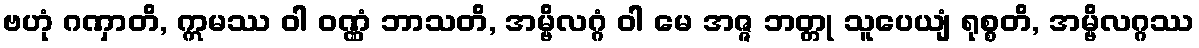
ဗဟုံ ဂဏှာတိ, ဣမဿ ဝါ ဝဏ္ဏံ ဘာသတိ, အမ္ဗိလဂ္ဂံ ဝါ မေ အဇ္ဇ ဘတ္တု သူပေယျံ ရုစ္စတိ, အမ္ဗိလဂ္ဂဿ